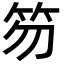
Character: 笏